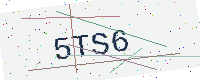
Text: 5TS6